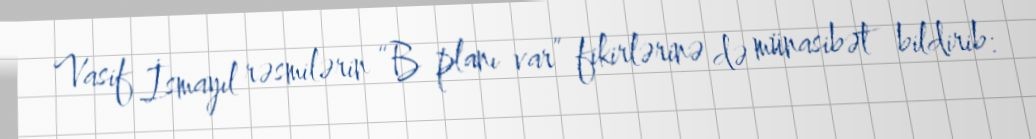
Vasif İsmayıl rəsmilərin “B planı var” fikirlərinə də münasibət bildirib: